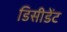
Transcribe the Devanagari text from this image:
डिसीडेंट